Civil Veterinary Dept. Bombay admin report 1923-31 - 1923-1931
Year: 1923
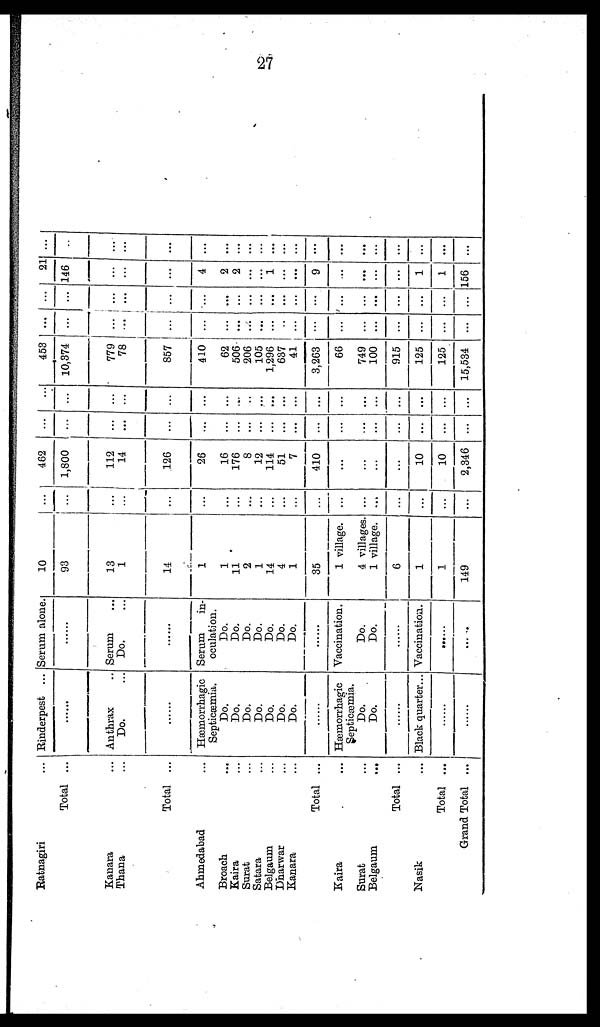
27
Ratnagiri ...
Total ...
Kanara ...
Thana ...
Total ...
Ahmedabad ...
Broach ...
Kaira ...
Surat ...
Satara ...
Belgaum ...
Dharwar ...
Kanara ...
Total ...
Kaira ...
Surat ...
Belgaum
...
Total ...
Nasik ...
Total ...
Grand Total ...
Rinderpest ...
......
Anthrax ...
Do. ...
......
Hæmorrhagic
Septicæmia.
Do.
Do.
Do.
Do.
Do.
Do.
Do.
......
Hæmorrhagic
Septicæmia.
Do.
Do.
......
Black quarter...
......
......
Serum alone.
......
Serum ...
Do. ...
......
Serum
in-
oculation.
Do.
Do.
Do.
Do.
Do.
Do.
Do.
......
Vaccination.
Do.
Do.
......
Vaccination.
......
10
93
13
1
14
1
1
11
2
1
14
4
1
35
1 village.
4 villages.
1 village.
6
1
1
149
...
...
...
...
...
...
...
...
...
...
...
...
...
...
...
...
...
...
...
...
...
462
1,800
112
14
126
26
16
176
8
12
114
51
7
410
...
...
...
...
10
10
2,346
...
...
...
...
...
...
...
...
....
...
...
...
...
...
...
...
...
...
...
...
...
...
...
...
...
...
...
...
...
...
...
...
...
...
...
...
...
...
...
...
...
...
...
453
10,374
779
78
857
410
62
506
206
105
1,296
637
41
3,263
66
749
100
915
125
125
15,534
...
...
...
...
...
....
...
...
...
...
...
...
...
...
...
...
...
...
...
...
...
...
...
...
...
...
...
...
...
...
...
...
...
...
...
...
...
...
...
...
...
...
21
146
...
...
...
4
2
2
......
...
1
...
...
9
...
...
...
...
1
1
156
...
...
...
...
...
...
...
...
...
...
...
...
...
...
...
...
...
...
...
...
...